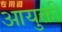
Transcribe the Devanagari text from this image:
आयुक्ती